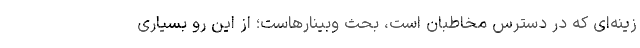
زینه‌ای که در دسترس مخاطبان است، بحث وبینارهاست؛ از این رو بسیاری